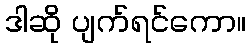
ဒါဆို ပျက်ရင်ကော။